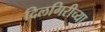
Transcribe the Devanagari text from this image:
दिलगिरीच्या